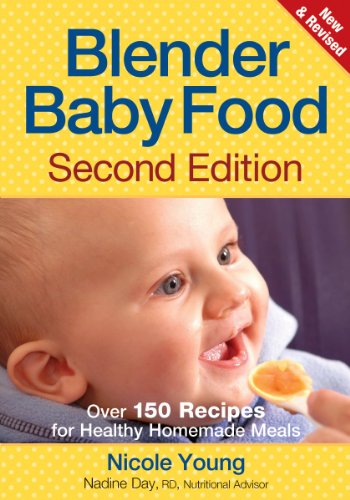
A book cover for Blender Baby Food: Over 175 Recipes for Healthy Homemade Meals; Nicole Young; Cookbooks, Food & Wine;